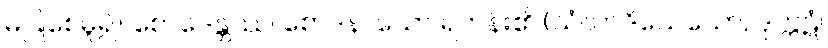
မပြုစေမူ၍။ စောဒေန္တဿ၊ စောဒနာသော ရဟန်း၏ (သံဃာဒိသေသော, ဒုက္ကဋံ၊